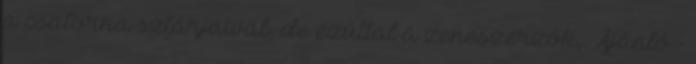
a csatorna sztárjaival, de ezúttal a zeneszerzők,. Ajánló -